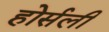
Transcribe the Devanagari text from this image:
होर्सली